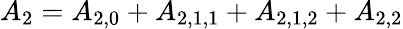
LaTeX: {A_{2}}={A_{2,0}}+{A_{2,1,1}}+{A_{2,1,2}}+{A_{2,2}}